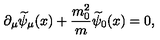
\partial _ { \mu } \widetilde { \psi } _ { \mu } ( x ) + \frac { m _ { 0 } ^ { 2 } } { m } \widetilde { \psi } _ { 0 } ( x ) = 0 ,